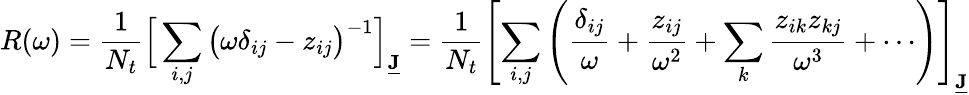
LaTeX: R(\omega)=\frac{1}{N_{t}}\Big[\sum_{i,j}\big(\omega\delta_{ij}-z_{ij}\big)^{-1}\Big]_{\underline{{\mathbf{J}}}}=\frac{1}{N_{t}}\left[\sum_{i,j}\left(\frac{\delta_{ij}}{\omega}+\frac{z_{ij}}{\omega^{2}}+\sum_{k}\frac{z_{ik}z_{kj}}{\omega^{3}}+\cdots\right)\right]_{\underline{{\mathbf{J}}}}